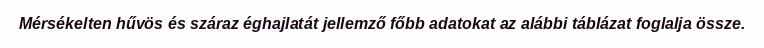
Mérsékelten hűvös és száraz éghajlatát jellemző főbb adatokat az alábbi táblázat foglalja össze.